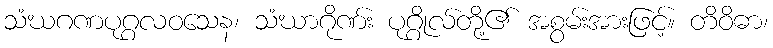
သံဃဂဏပုဂ္ဂလဝသေန၊ သံဃာဂိုဏ်း ပုဂ္ဂိုလ်တို့၏ အစွမ်းအားဖြင့်။ တိဝိဓာ၊